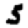
Digit: 5